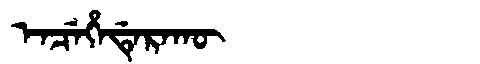
Manchu: ᡝᠨᠴᡝᡥᡝᡩᡝᡵᠠᡴᡡ
Romanization: ENCEHEDERAKŪ